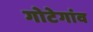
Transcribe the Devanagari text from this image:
गोटेगांव